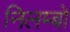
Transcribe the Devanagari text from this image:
निलम्‍बो